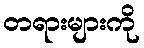
တရားများကို